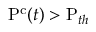
\mathrm { P ^ { c } } ( t ) > \mathrm { P } _ { t h }